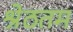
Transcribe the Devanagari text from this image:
श्रेठतम